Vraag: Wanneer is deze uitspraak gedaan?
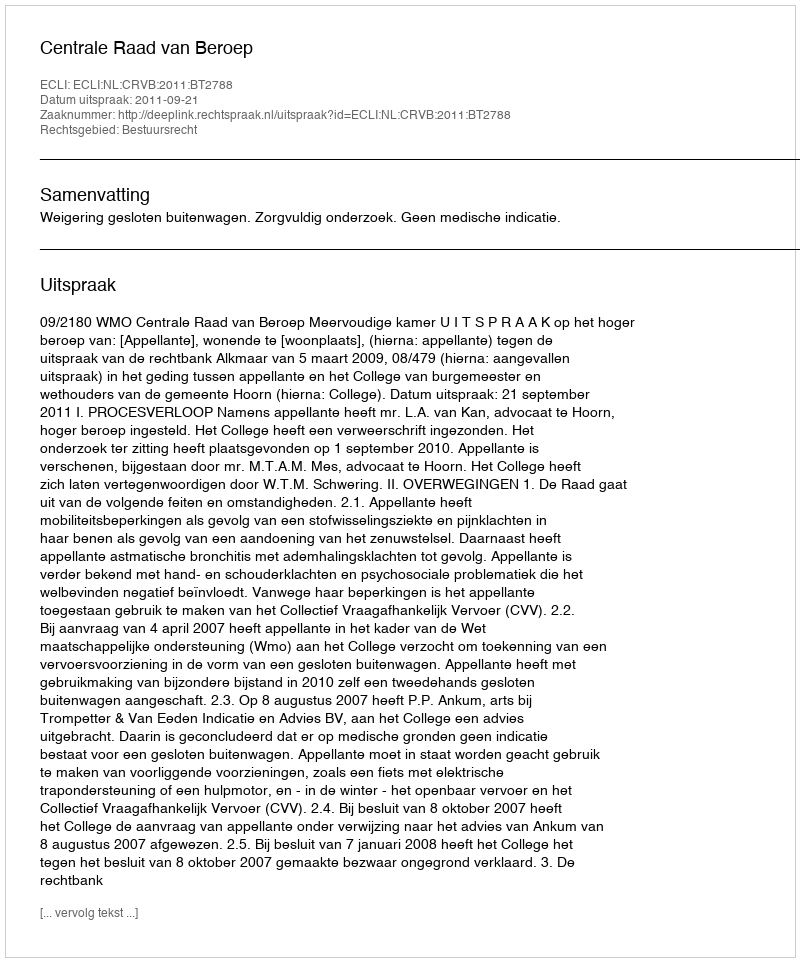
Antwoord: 2011-09-21